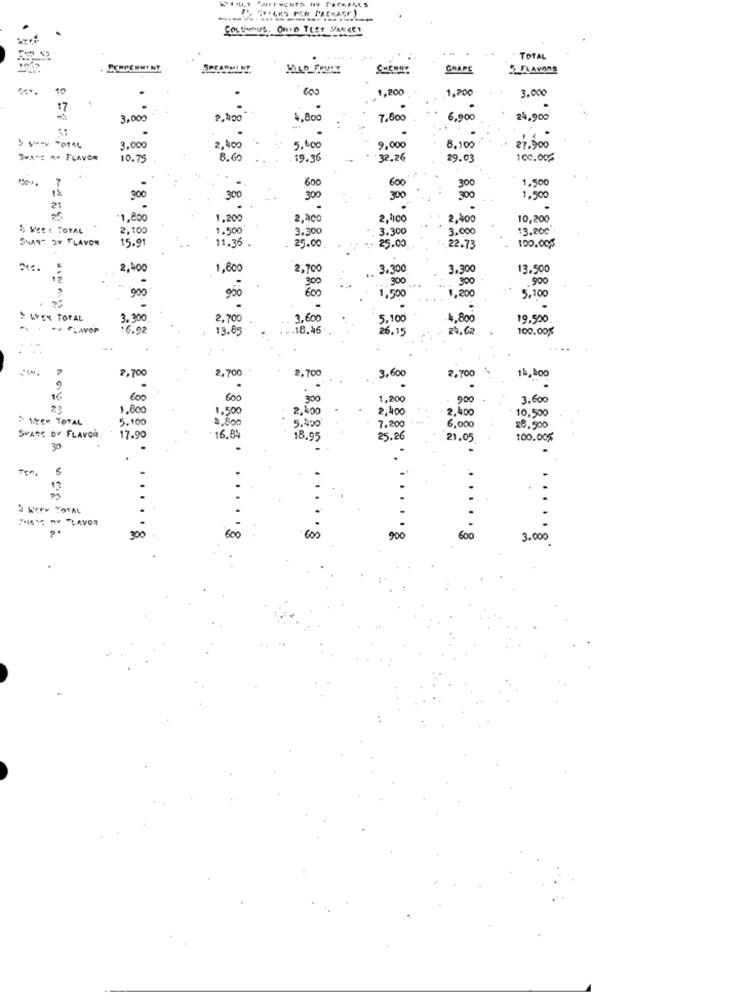
ConVenus ONIO TEST MARKET
TOTAL
SPEROMI
GRAPE
FLAVORS
10
600
1,200
1,200
3.000
17
3,000
2.400
4,800
7,800
6,90
24,900
3.000
2,400
5.000
9,000
8.100
27.900
3wa*C ** FLAVOR
10.75
8.6
.19.36
32.26
29.03
100.00%
7
600
600
1.500
300
300
300
300
300
300
1,500
21
*1,80
1,200
2,Nco
2,100
2,40
10,200
2,10
1,500
3.300
3.300
3,000
13.800*
SHART SY FLAVON
15.91
11.35
25.00.
25.00
22.73
100.00%
2,400
1,800
2,700
. 3.300
3.300
13,500
300
300
900
900
600
300
5,100
90
1,500
1,200
* LE TOTAL
3.300
2,700
3,600
5,100
4,800
19,500
- FLAOP
16.92
13.83
.18.46
26.15
24, 62
100.00%
-
2,700
2,700
2,700
3,600
2,700
16
600
600
300
1,200
900
3.600
23
1,800
1,500
2,400
2,400
2,400
10,500
MEEK TOTAL
5.100
5.400
7.200
6,000
28,500
SHARE OF FLAVOR
17.90
16.8
18.95
25.26
21,05
100.00%
30
Ten,
8. ..
PHAM A FLAVOR
300
600
900
1 8
600
3.000